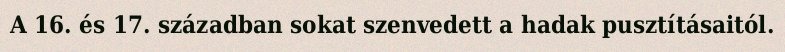
A 16. és 17. században sokat szenvedett a hadak pusztításaitól.